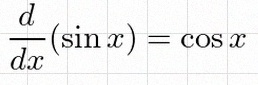
\frac{d}{dx}(\sin x)=\cos x